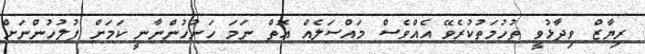
ރިޔާޒް ވިދާޅުވީ ތުހުމަތުކުރެވޭ އެއްވެސް މައްސަލެއް އޮތް ނަމަ ހަނުހުންނާނީ ކަމަށް ފުލުހުންނަށް